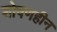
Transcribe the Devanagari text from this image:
शोषणहीन